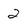
Character: 2